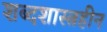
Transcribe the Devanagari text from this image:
शब्दशास्त्रहीन